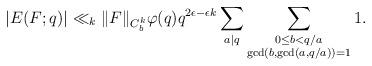
LaTeX: \begin{align*}\left|E(F;q)\right|\ll_k \|F\|_{C_b^k} \varphi(q)q^{2\epsilon-\epsilon k} \sum_{a|q}\sum_{\substack{0\leq b< q/a \\ \gcd(b, \gcd(a, q/a))=1}}1.\end{align*}